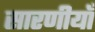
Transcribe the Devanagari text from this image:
सारणीयाँ